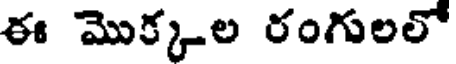
ఈ మొక్కల రంగులలో